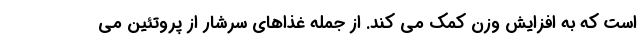
است که به افزایش وزن کمک می کند. از جمله غذاهای سرشار از پروتئین می